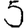
Digit: 5